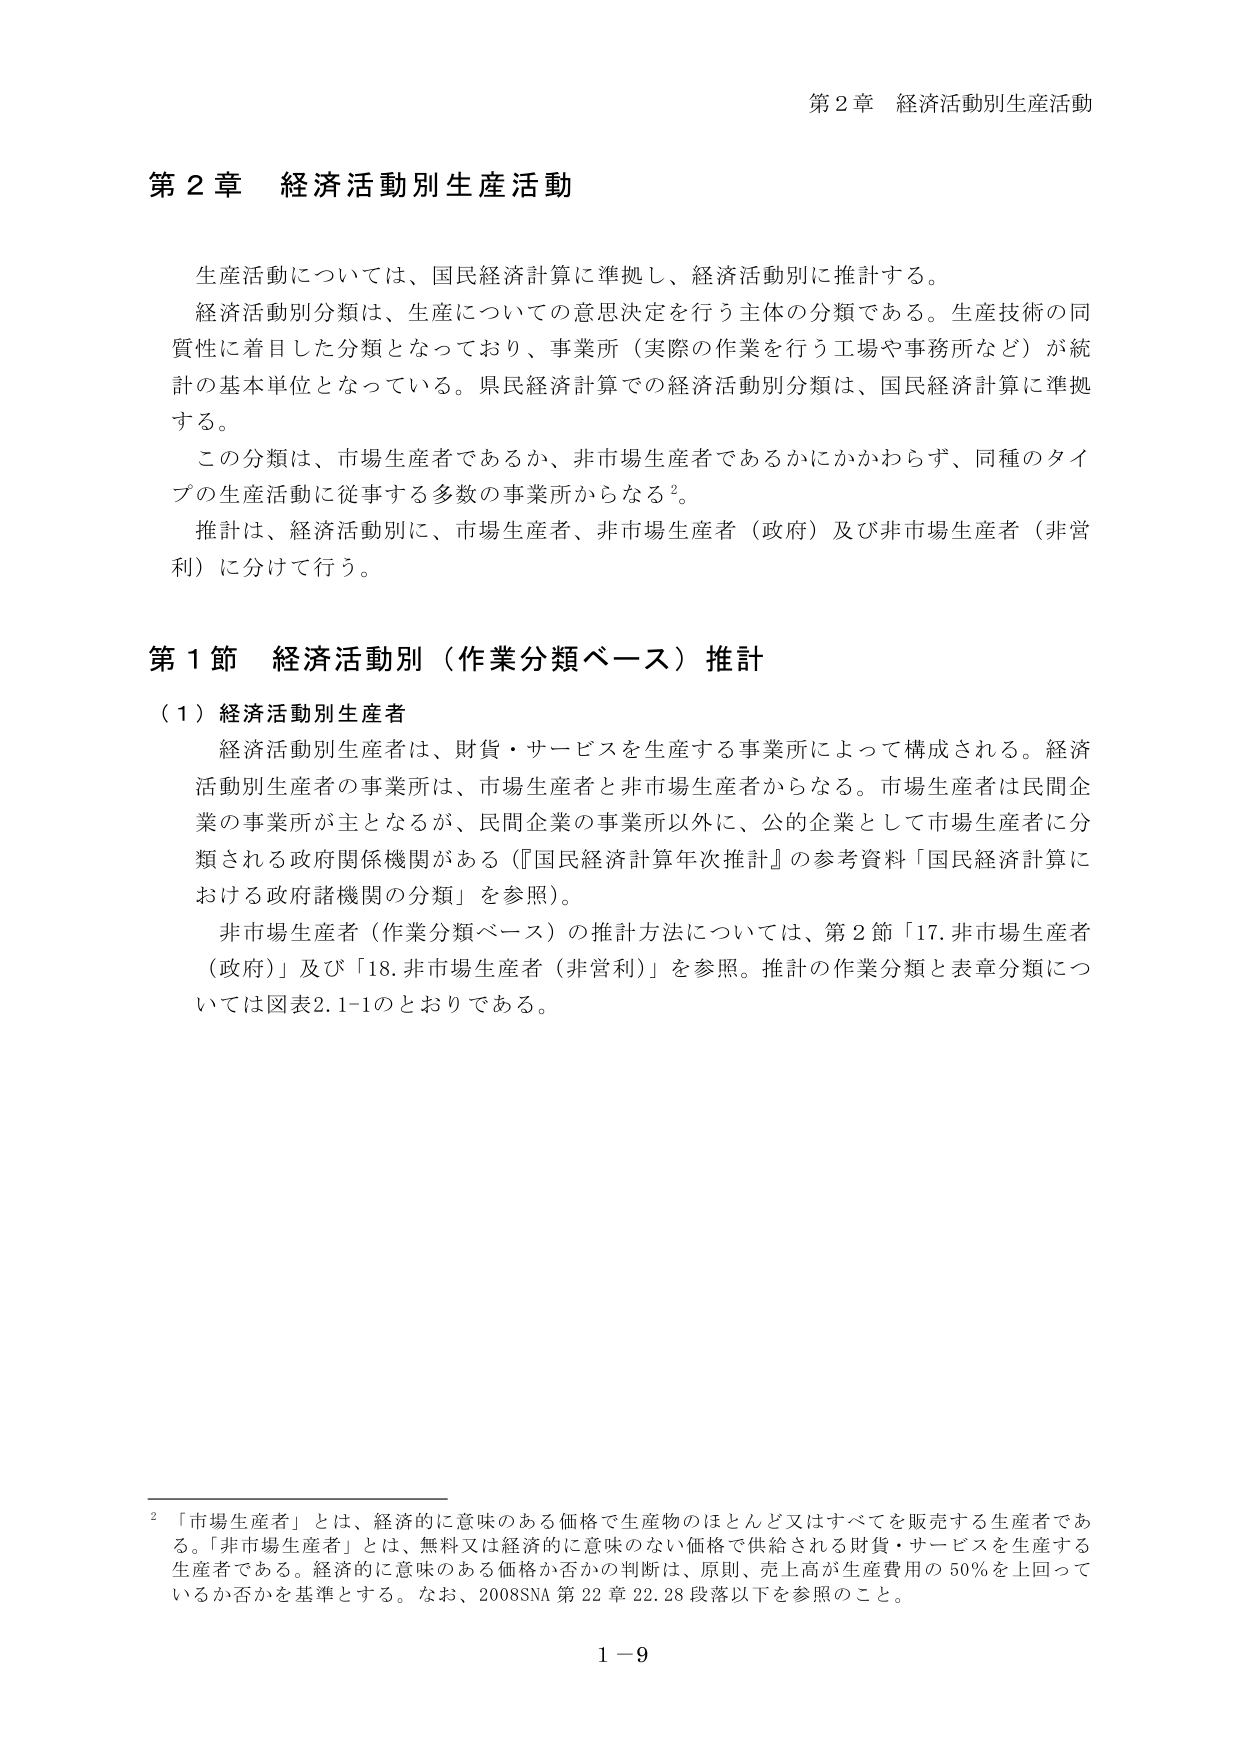
第２章 経済活動別生産活動

生産活動については、国民経済計算に準拠し、経済活動別に推計する。
経済活動別分類は、生産についての意思決定を行う主体の分類である。生産技術の同質性に着目した分類となっており、事業所（実際の作業を行う工場や事務所など）が統計の基本単位となっている。県民経済計算での経済活動別分類は、国民経済計算に準拠する。
この分類は、市場生産者であるか、非市場生産者であるかにかかわらず、同種のタイプの生産活動に従事する多数の事業所からなる²。
推計は、経済活動別に、市場生産者、非市場生産者（政府）及び非市場生産者（非営利）に分けて行う。

第１節 経済活動別（作業分類ベース）推計

（１）経済活動別生産者
経済活動別生産者は、財貨・サービスを生産する事業所によって構成される。経済活動別生産者の事業所は、市場生産者と非市場生産者からなる。市場生産者は民間企業の事業所が主となるが、民間企業の事業所以外に、公の企業として市場生産者に分類される政府関係機関がある（『国民経済計算年次推計』の参考資料「国民経済計算における政府諸機関の分類」を参照）。
非市場生産者（作業分類ベース）の推計方法については、第２節「17. 非市場生産者（政府）」及び「18. 非市場生産者（非営利）」を参照。推計の作業分類と表章分類については図表2.1-1のとおりである。

²「市場生産者」とは、経済的に意味のある価格で生産物のほとんど又はすべてを販売する生産者である。「非市場生産者」とは、無料又は経済的に意味のない価格で供給される財貨・サービスを生産する生産者である。経済的に意味のある価格か否かの判断は、原則、売上高が生産費用の50％を上回っているか否かを基準とする。なお、2008SNA第22章22.28段落以下を参照のこと。

1－9